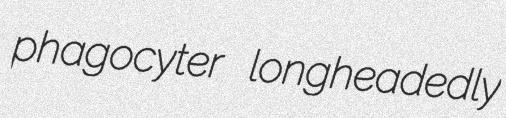
phagocyter longheadedly